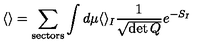
\langle \rangle = \sum _ { \mathrm { s e c t o r s } } \int d \mu \langle \rangle _ { I } \frac { 1 } { \sqrt { \det Q } } e ^ { - S _ { I } }